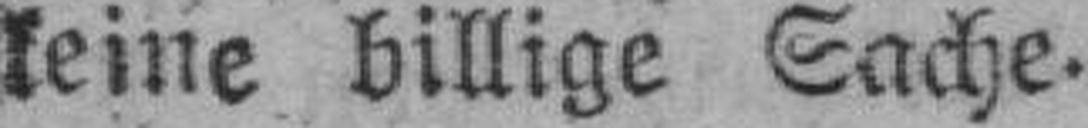
keine billige Sache.